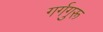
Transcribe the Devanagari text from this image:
गर्गगुरू